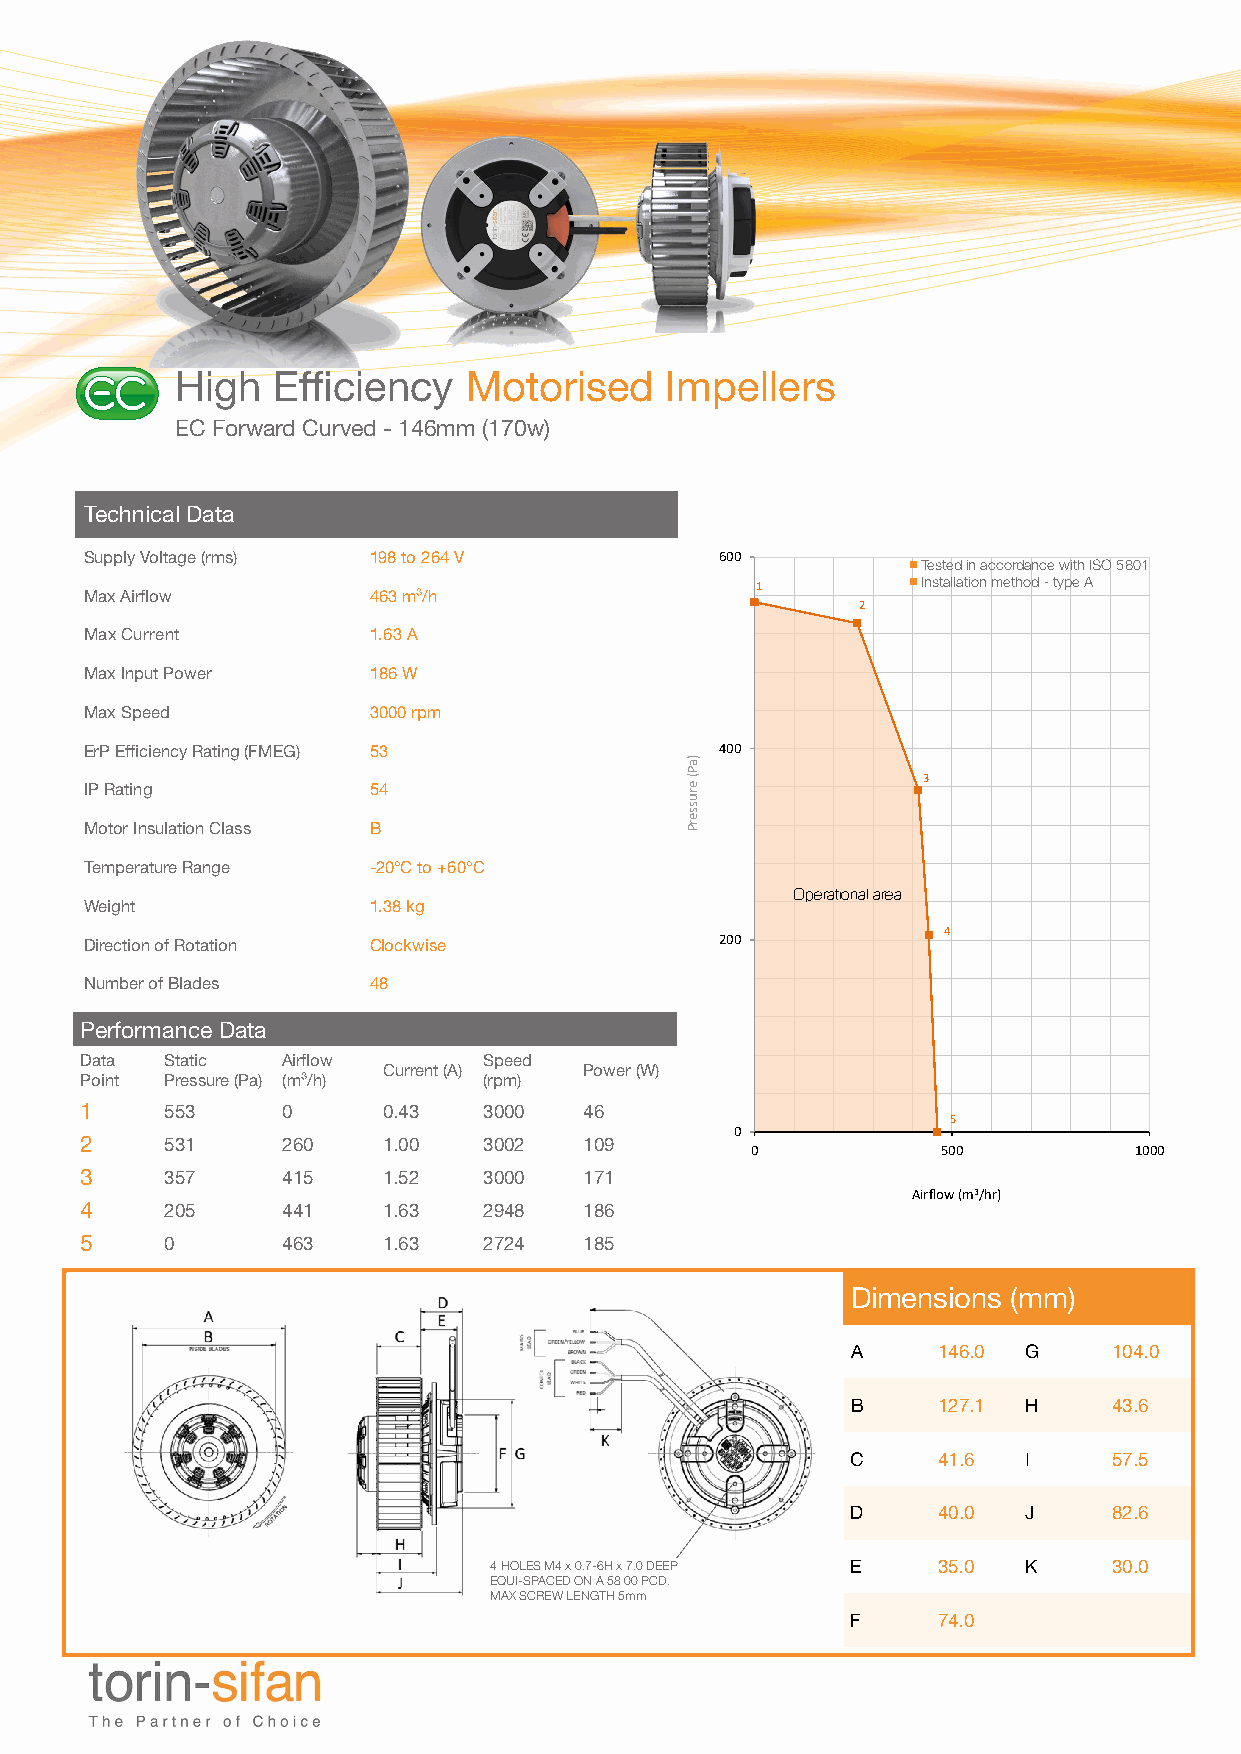
High  Efficiency   Motorised    Impellers
 Description:                   Graph File Reference
 EC Forward Curved - 146mm (170w) Part Number: Graph   Shaded Area Graph
 Test Power Supply:
 Part Number or Description Here (Cell A4)
 Technical Data
 Supply Voltage (rms) 198 to 264 V         600
 Tested in accordance with ISO 5801
 1          Installation method - type A
 Max Airflow       463 m³/h
 2
 Max Current       1.63 A
 Max Input Power   186 W
 Max Speed         3000 rpm
 ErP Efficiency Rating (FMEG) 53           400
 3
 IP Rating         54
 Motor Insulation Class B
 Temperature Range -20°C to +60°C
 Operational area
 Weight            1.38 kg
 4
 Direction of Rotation Clockwise           200
 Number of Blades  48
 Performance Data
 Data  Static  Airflow      Speed
 Current (A)   Power (W)
 Point Pressure (Pa) (m³/h) (rpm)
 1     553     0     0.43   3000   46
 5
 0
 2     531     260   1.00   3002   109
 0           500          1000
 3     357     415   1.52   3000   171
 Airflow (m3/hr)
 4     205     441   1.63   2948   186
 5     0       463   1.63   2724   185
 Dimensions (mm)
 A     146.0 G     104.0
 B     127.1 H     43.6
 C     41.6  I     57.5
 D     40.0  J     82.6
 4 HOLES M4 x 0.7-6H x 7.0 DEEP E 35.0 K   30.0
 EQUI-SPACED ON A 58 00 PCD.
 MAX SCREW LENGTH 5mm
 F     74.0
 )aP(
 erusserP